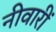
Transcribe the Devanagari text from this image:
नीवारीं